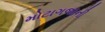
મોટાગજાની